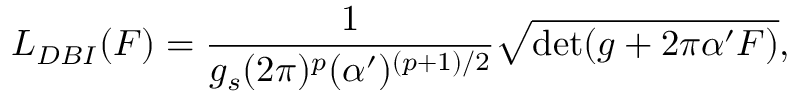
{ \cal L } _ { D B I } ( F ) = \frac { 1 } { g _ { s } ( 2 \pi ) ^ { p } ( \alpha ^ { \prime } ) ^ { ( p + 1 ) / 2 } } \sqrt { \operatorname * { d e t } ( g + 2 \pi \alpha ^ { \prime } F ) } ,